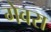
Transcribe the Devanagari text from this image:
गेवरा